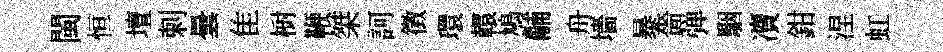
閩恒壇剌曇隹𣗳鞭桀訶徵環轘鳩黼舟墻暴嗇弹駰凟鉗涅虹